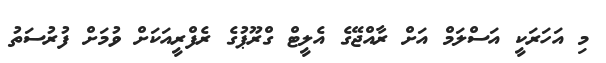
މި އަހަރަކީ އަސްލަމް އަށް ރާއްޖޭގެ އެލީޓް ގްރޫޕުގެ ރެފްރީއަކަށް ވުމަށް ފުރުސަތު